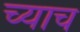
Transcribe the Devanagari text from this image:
च्याच